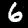
Label: 6